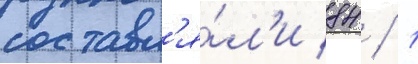
составл'я́л'и 84 / 1